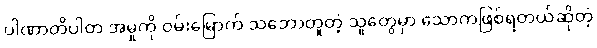
ပါဏာတိပါတ အမှုကို ဝမ်းမြောက် သဘောတူတဲ့ သူတွေမှာ သောကဖြစ်ရတယ်ဆိုတဲ့